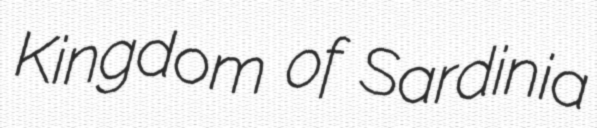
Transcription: Kingdom of Sardinia